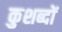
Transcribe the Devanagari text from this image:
कुशब्दों